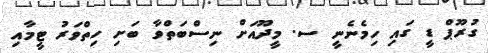
ގުރޫޕް ޑީ ގައި ހިމެނެނީ ސ. މީދޫއަށް ނިސްބަތްވާ ބަށި ހިތްވަރު ޓީމާއި